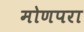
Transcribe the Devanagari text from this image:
मोणपरा